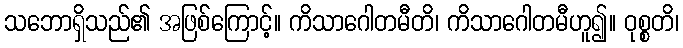
သဘောရှိသည်၏ အဖြစ်ကြောင့်။ ကိသာဂေါတမီတိ၊ ကိသာဂေါတမီဟူ၍။ ဝုစ္စတိ၊